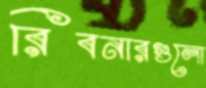
রিবনারগুলো